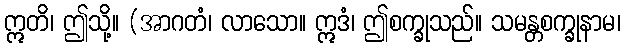
ဣတိ၊ ဤသို့။ (အာဂတံ၊ လာသော။ ဣဒံ၊ ဤစက္ခုသည်။ သမန္တစက္ခုနာမ၊